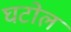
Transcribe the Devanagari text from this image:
घटोल